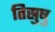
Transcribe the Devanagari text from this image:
तिस्रुषु